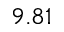
9 . 8 1